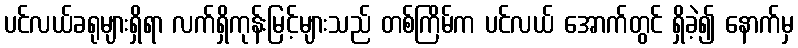
ပင်လယ်ခရုများရှိရာ လက်ရှိကုန်းမြင့်များသည် တစ်ကြိမ်က ပင်လယ် အောက်တွင် ရှိခဲ့၍ နောက်မှ